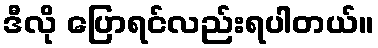
ဒီလို ပြောရင်လည်းရပါတယ်။